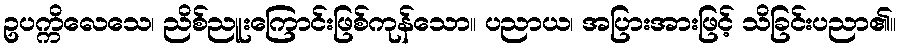
ဥပက္ကိလေသေ၊ ညိစ်ညူးကြောင်းဖြစ်ကုန်သော။ ပညာယ၊ အပြားအားဖြင့် သိခြင်းပညာ၏။